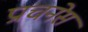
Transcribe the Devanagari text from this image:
प्राचनेस